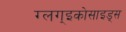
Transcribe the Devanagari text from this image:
ग्लग्इकोसाइड्स